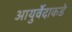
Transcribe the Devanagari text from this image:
आयुर्वेदाकडे